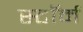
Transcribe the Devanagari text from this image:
स्टाॅर्म